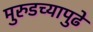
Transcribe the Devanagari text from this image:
मुरुडच्यापुढे